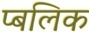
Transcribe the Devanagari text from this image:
प्बलिक